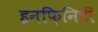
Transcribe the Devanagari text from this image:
इनफ़िनिटी